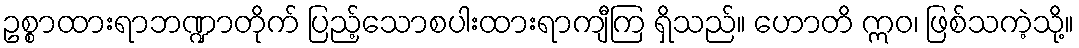
ဥစ္စာထားရာဘဏ္ဍာတိုက် ပြည့်သောစပါးထားရာကျီကြ ရှိသည်။ ဟောတိ ဣဝ၊ ဖြစ်သကဲ့သို့။